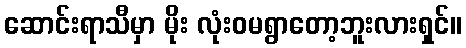
ဆောင်းရာသီမှာ မိုး လုံးဝမရွာတော့ဘူးလားရှင်။